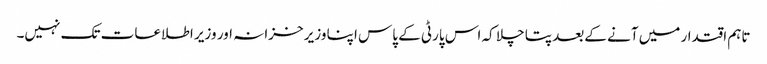
تاہم اقتدار میں آنے کےبعد پتا چلا کہ اس پارٹی کے پاس اپنا وزیر خزانہ اور وزیر اطلاعات تک نہیں۔